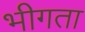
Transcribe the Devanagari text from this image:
भीगता